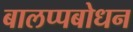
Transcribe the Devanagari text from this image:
बालप्पबोधन